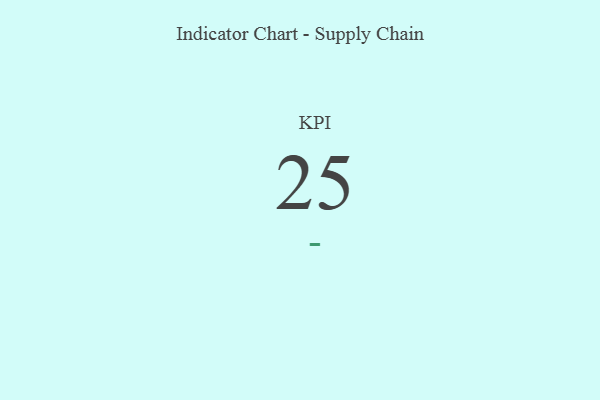
{"axis": {"x": "KPI", "y": "Value"}, "legend": [""], "data": [{"x": "KPI", "y": 25, "type": ""}]}